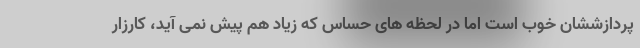
پردازششان خوب است اما در لحظه های حساس که زیاد هم پیش نمی آید، کارزار